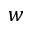
w